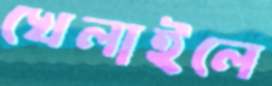
খেলাইলে